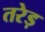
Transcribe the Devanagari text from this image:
तरेड़